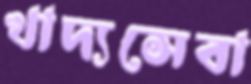
খাদ্যসেবা